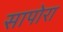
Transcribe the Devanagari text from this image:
सापोरा